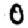
Digit: 0